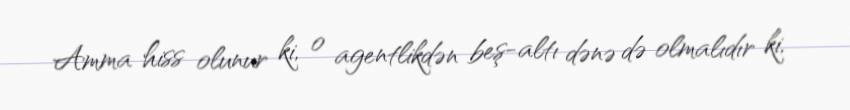
Amma hiss olunur ki, o agentlikdən beş-altı dənə də olmalıdır ki,